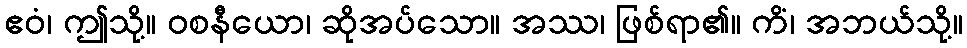
ဧဝံ၊ ဤသို့။ ဝစနီယော၊ ဆိုအပ်သော။ အဿ၊ ဖြစ်ရာ၏။ ကိံ၊ အဘယ်သို့။